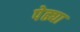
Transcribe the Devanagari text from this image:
पेढ्या